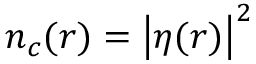
n _ { c } ( \boldsymbol { r } ) = \left| \eta ( \boldsymbol { r } ) \right| ^ { 2 }